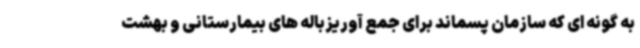
به گونه ای که سازمان پسماند برای جمع آوریزباله های بیمارستانی و بهشت